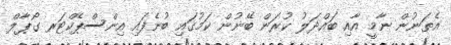
އެތަނުން ނާމީ އާއި ބައްދަލު ކުރަން ބޭނުން ކަމުގައި ބުނެފައި އިންސްޕެކްޓަރ ގޯޕާލް